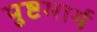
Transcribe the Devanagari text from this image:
पुष्टमार्ग